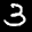
Label: 3